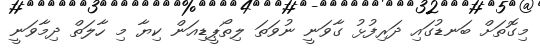
މިގޮތަށް ބަނޑުގައި ދަރިފުޅު ގާވަނީ ނުވަތަ ލިތޯޕީޑިއަން ކިޔާ މި ހާލަތް ދިމާވަނީ